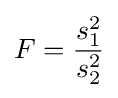
F={\frac {s_{1}^{2}}{s_{2}^{2}}}